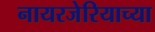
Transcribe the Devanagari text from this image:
नायरजेरियाच्या